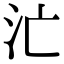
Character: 汒